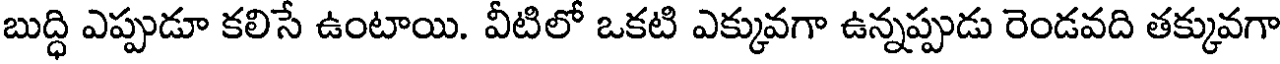
బుద్ధి ఎప్పుడూ కలిసే ఉంటాయి. వీటిలో ఒకటి ఎక్కువగా ఉన్నప్పుడు రెండవది తక్కువగా